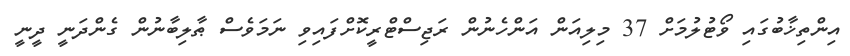
އިންތިޚާބުގައި ވޯޓުލުމަށް 37 މިލިއަން އަންހެނުން ރަޖިސްޓްރީކޮށްފައިވި ނަމަވެސް ޠާލިބާނުން ގެންދަނީ ދީނީ